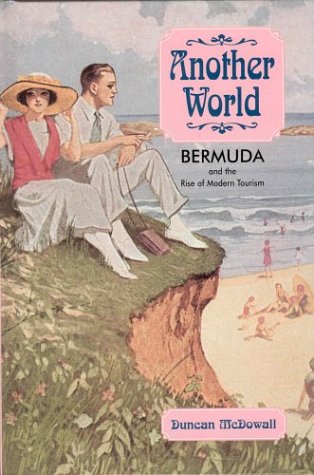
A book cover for Another World: Bermuda and the Rise of Modern Tourism; Duncan McDowall; Travel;